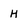
Character: H